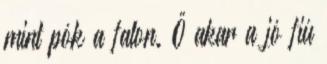
mint pók a falon. Ő akar a jó fiú